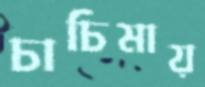
চাচিমায়